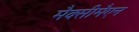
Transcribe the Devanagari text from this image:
मैक्सीमैएन